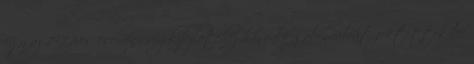
egy az 1972-es esemény végkifejletéhez hasonló gabonaábrát fektettek le.